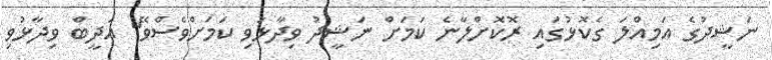
ނަޝީދުގެ އަމިއްލަ ގެކޮޅުގައި ރޮކޮށްލާނެ ކަމަށް ނަޝީދު ވިދާޅުވި ކަމަށްވެސްވޭ" އަދީބް ވިދާޅުވި